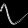
Digit: ၇